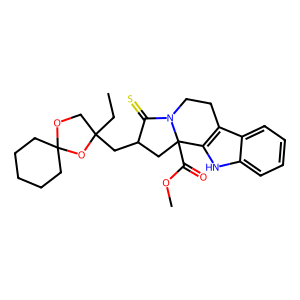
SMILES: CCC1(CC2CC3(C(=O)OC)c4[nH]c5ccccc5c4CCN3C2=S)COC2(CCCCC2)O1
Inhibits HIV replication: No